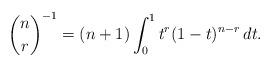
LaTeX: \begin{align*}\binom{n}{r}^{-1}=(n+1)\int_0^1t^r(1-t)^{n-r}\,dt.\end{align*}